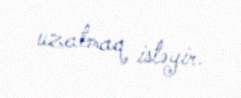
uzatmaq istəyir.